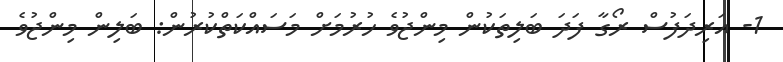
1- އަރިދަފުސް ރޯގާ ފަދަ ބަލިތަކުން މިންޖުވެ ހުރުމަށް މަސައްކަތްކުރުން: ބަލިން މިންޖުވެ